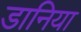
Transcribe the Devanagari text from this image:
डानिया